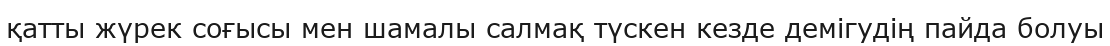
қатты жүрек соғысы мен шамалы салмақ түскен кезде демігудің пайда болуы